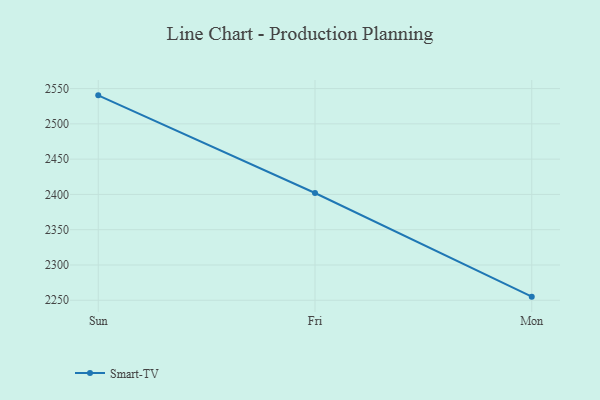
{"axis": {"x": "Day", "y": "Humidity (%)"}, "legend": ["Smart-TV"], "data": [{"x": "Sun", "y": 2540.4, "type": "Smart-TV"}, {"x": "Fri", "y": 2402.0, "type": "Smart-TV"}, {"x": "Mon", "y": 2255.1, "type": "Smart-TV"}]}